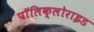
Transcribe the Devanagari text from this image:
पॉलिक्लोराइड